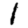
Digit: 1